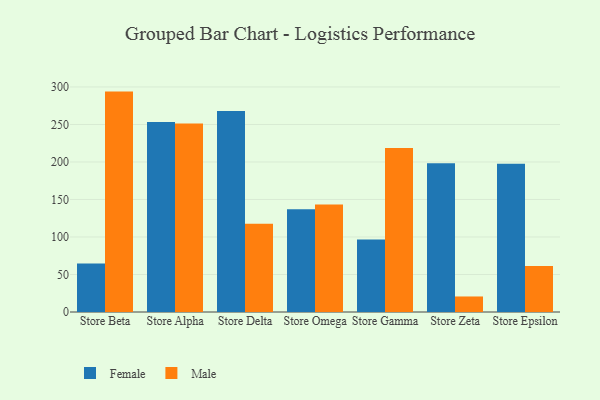
{"axis": {"x": "Store", "y": "Headcount"}, "legend": ["Female", "Male"], "data": [{"x": "Store Beta", "y": 64.6, "type": "Female"}, {"x": "Store Beta", "y": 293.8, "type": "Male"}, {"x": "Store Alpha", "y": 253.2, "type": "Female"}, {"x": "Store Alpha", "y": 251.4, "type": "Male"}, {"x": "Store Delta", "y": 268.0, "type": "Female"}, {"x": "Store Delta", "y": 117.8, "type": "Male"}, {"x": "Store Omega", "y": 136.9, "type": "Female"}, {"x": "Store Omega", "y": 143.2, "type": "Male"}, {"x": "Store Gamma", "y": 96.7, "type": "Female"}, {"x": "Store Gamma", "y": 218.7, "type": "Male"}, {"x": "Store Zeta", "y": 198.4, "type": "Female"}, {"x": "Store Zeta", "y": 20.7, "type": "Male"}, {"x": "Store Epsilon", "y": 197.6, "type": "Female"}, {"x": "Store Epsilon", "y": 61.4, "type": "Male"}]}